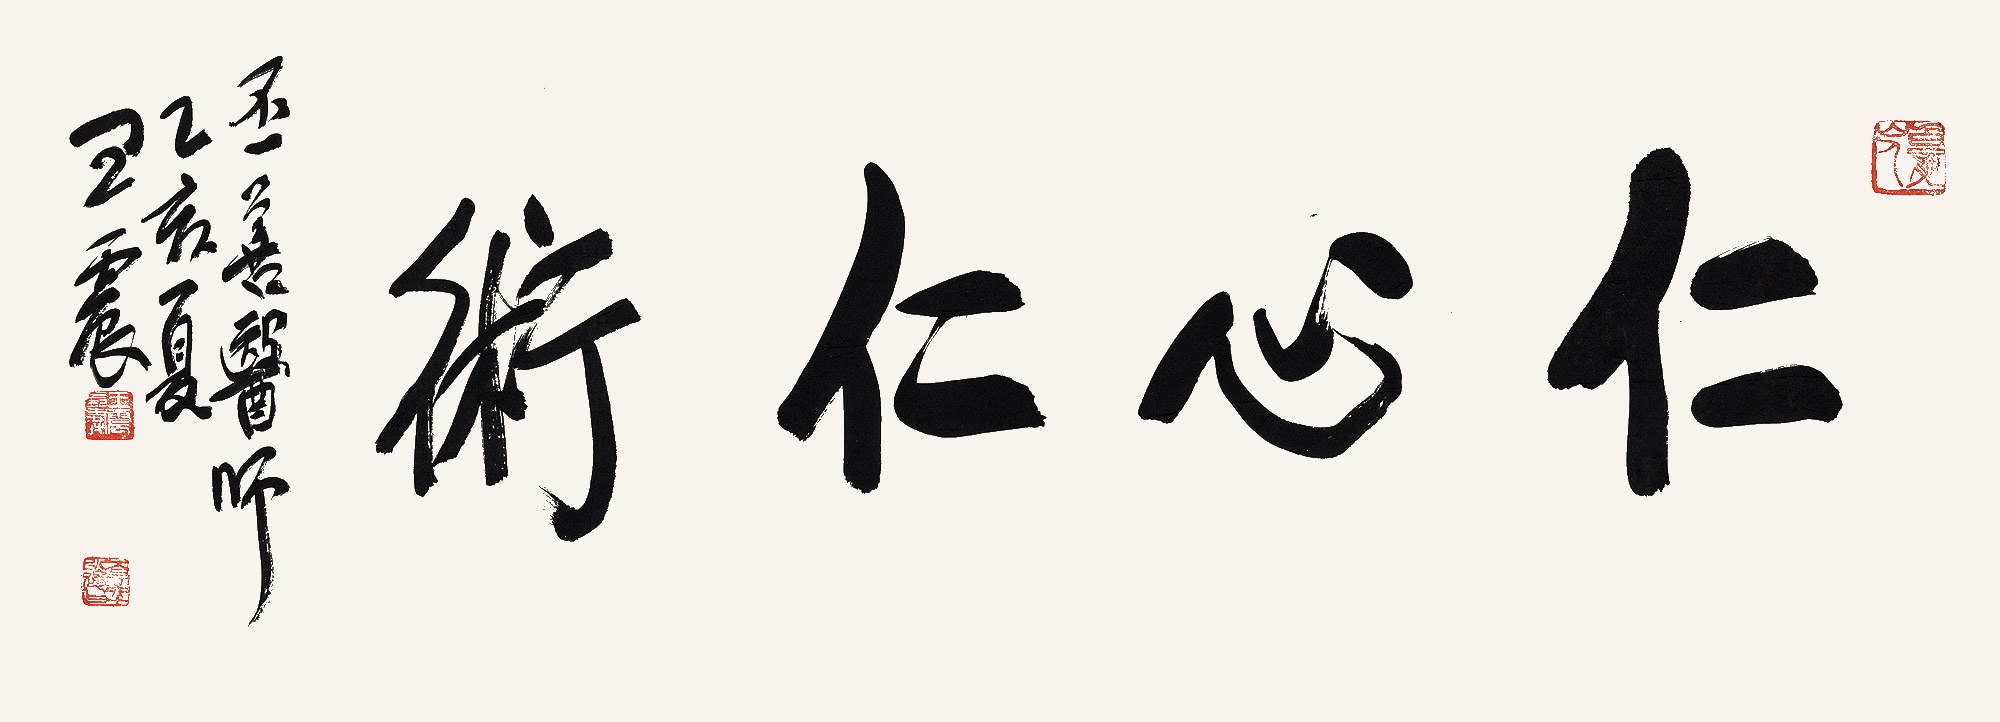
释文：仁心仁术。丕善医师。乙亥夏，王震。